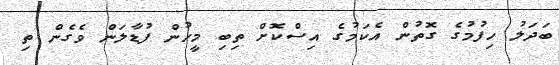
ބަދަލު ހިފުމުގެ ގޮތުން އެކަމުގެ އިސްކޮށް ތިބި މީހުން ފުޑާލަން ވެގެން ތި